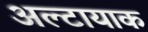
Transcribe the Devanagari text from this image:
अल्टायाक